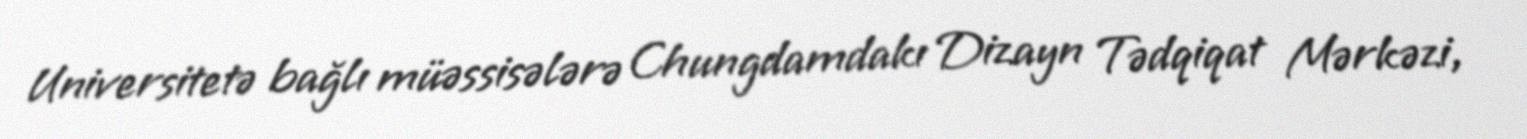
Universitetə bağlı müəssisələrə Chungdamdakı Dizayn Tədqiqat Mərkəzi,